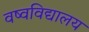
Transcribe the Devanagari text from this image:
वष्वविद्यालय